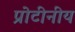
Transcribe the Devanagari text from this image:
प्रोटीनीय